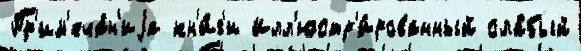
Пр'им'еча́н'иjа кн'и́г'и Илл'юстр'и́рованный сла́бый